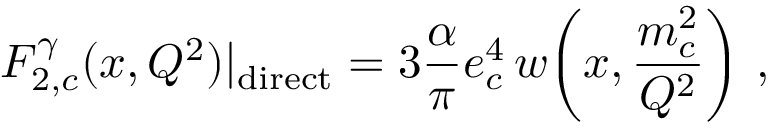
F _ { 2 , c } ^ { \gamma } ( x , Q ^ { 2 } ) | _ { \mathrm { d i r e c t } } = 3 \frac { \alpha } { \pi } e _ { c } ^ { 4 } \, w \! \left( x , \frac { m _ { c } ^ { 2 } } { Q ^ { 2 } } \right) \, ,